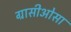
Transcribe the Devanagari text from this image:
ग्रासीओसा